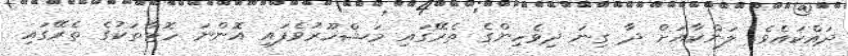
ދައްކައެވެ. ލަންކާއަށް ދާ ގިނަ ދިވެހިންގެ ތެރޭގައި މަޝްހޫރުވެފައި އޮންނަ ހޮޓާތަކުގެ ތެރޭގައި